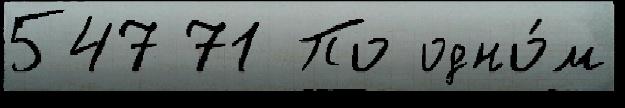
547 71 По одно́м